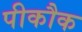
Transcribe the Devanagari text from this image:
पीकौक